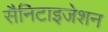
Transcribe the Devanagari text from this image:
सैनिटाइजेशन